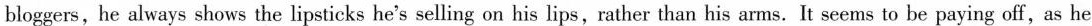
bloggers, he always shows the lipsticks he's selling on his lips, rather than his arms. It seems to be paying off, as he